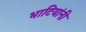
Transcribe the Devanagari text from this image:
भाटियांनी